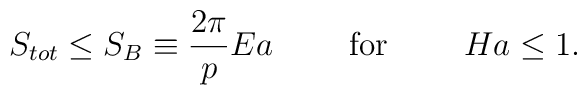
S_{tot}\leq S_B\equiv {{2\pi}\over p}Ea\ \ \ \ \ \ \ {\rm for}\ \ \ \ \ \ \ Ha\leq 1.